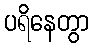
ပရိနေတွာ